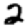
Digit: 2